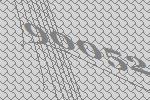
90052